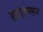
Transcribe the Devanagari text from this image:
एब्रएह्म्सन